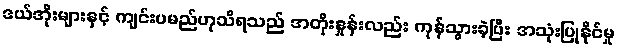
ဒယ်အိုးများနှင့် ကျင်းပမည်ဟုသိရသည် အတိုးနှုန်းလည်း ကုန်သွားခဲ့ပြီး အသုံးပြုနိုင်မှု